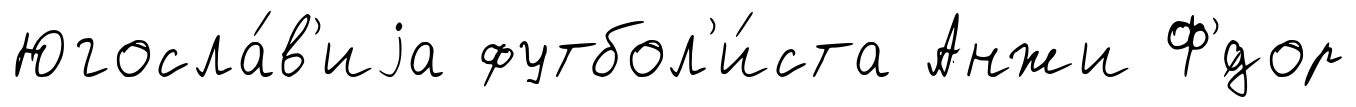
Югосла́в'иjа футбол'и́ста Анжи Ф'́дор